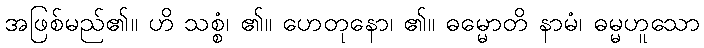
အဖြစ်မည်၏။ ဟိ သစ္စံ၊ ၏။ ဟေတုနော၊ ၏။ ဓမ္မောတိ နာမံ၊ ဓမ္မဟူသော